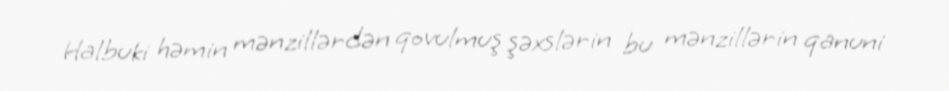
Halbuki həmin mənzillərdən qovulmuş şəxslərin bu mənzillərin qanuni